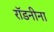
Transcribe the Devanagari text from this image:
रॉडनीना